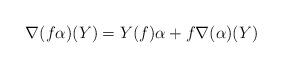
LaTeX: \begin{align*} \nabla(f\alpha)(Y) = Y(f)\alpha + f \nabla(\alpha)(Y)\end{align*}